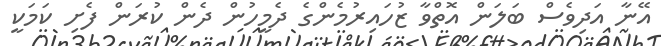
އޭނާ އަދިވެސް ބަލަން އޮތްވާ ޒުހައިރުމެންގެ ދެމީހުން ދެން ކުރަން ފެށި ކަމަކީ